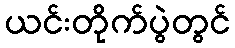
ယင်းတိုက်ပွဲတွင်